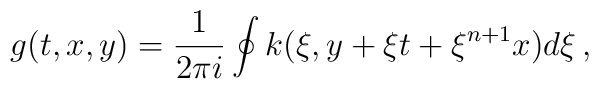
g(t,x,y) = \frac{1}{2\pi i} \oint k(\xi,y+\xi t + \xi^{n+1} x) d\xi\,,